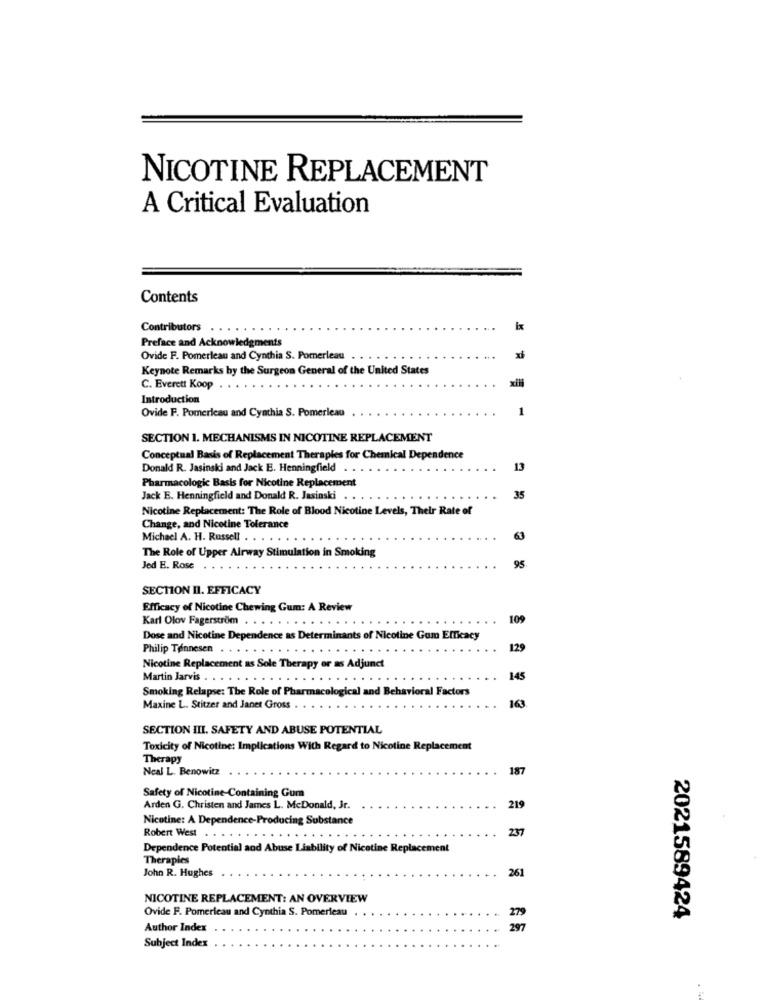
NICOTINE REPLACEMENT
A Critical Evaluation
Contents
Contributors
Preface and Acknowledgments
Ovide F. Pomerleau and Cynthia S. Pomerleau . . . . .
Keynote Remarks by the Surgeon General of the United States
C. Everett Koop
Introduction
Ovide F. Pomerleau and Cynthia S. Pomerleau
1
SECTION 1. MECHANISMS IN NICOTINE REPLACEMENT
Conceptual Basis of Replacement Therapies for Chemical Dependence
Donald R. Jasinski and Jack E. Henningfield
13
Pharmacologic Basis for Nicotine Replacement
Jack E. Henningfield and Donald R. Jasinski . .
...
35
Nicotine Replacement: The Role of Blood Nicotine Levels, Their Rate of
Change, and Nicotine Tolerance
Michael A. H. Russell .
63
The Role of Upper Airway Stimulation in Smoking
Jed E. Rose . .
95
SECTION II. EFFICACY
Efficacy of Nicotine Chewing Gum: A Review
Karl Olov Fagerström . .
109
Dose and Nicotine Dependence as Determinants of Nicotine Gum Efficacy
Philip Tønnesen . . . .
129
Nicotine Replacement as Sole Therapy or as Adjunct
Martin Jarvis . . .
145
Smoking Relapse: The Role of Pharmacological and Behavioral Factors
163
Maxine L. Stitzer and Janet Gross
SECTION III. SAFETY AND ABUSE POTENTIAL
Toxicity of Nicotine: Implications With Regard to Nicotine Replacement
Therapy
Neal L. Benowitz
187
Safety of Nicotine-Containing Gum
Arden G. Christen and James L. McDonald, Jr.
219
Nicotine: A Dependence-Producing Substance
237
Robert West . . .
Dependence Potential and Abuse Liability of Nicotine Replacement
Therapies
John R. Hughes
261
NICOTINE REPLACEMENT: AN OVERVIEW
Ovide F. Pomerleau and Cynthia S. Pomerleau
2021589424
Author Index
Subject Index